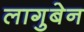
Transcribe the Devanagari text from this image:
लागुबेन